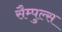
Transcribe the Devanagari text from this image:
सैम्पुल्स